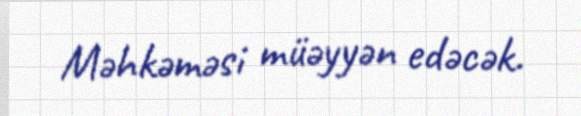
Məhkəməsi müəyyən edəcək.